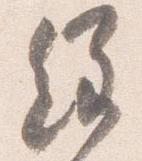
経